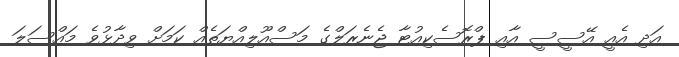
އަދި އެއީ އޭސީސީ އާއި ޕްރޮސެކިއުޓާ ޖެނެރަލްގެ މަސްއޫލިއްޔަތެއް ކަމަށް ވިދާޅުވެ މައްސަލަ